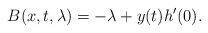
LaTeX: \begin{align*}B(x,t, \lambda) = - \lambda + y(t) h'(0).\end{align*}